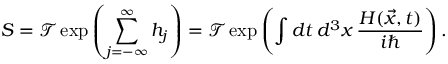
S = { \mathcal { T } } \exp \left( \sum _ { j = - \infty } ^ { \infty } h _ { j } \right) = { \mathcal { T } } \exp \left( \int d t \, d ^ { 3 } x \, { \frac { H ( { \vec { x } } , t ) } { i \hbar } } \right) .